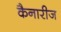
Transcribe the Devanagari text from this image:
कैनारीज